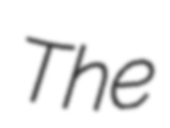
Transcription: The